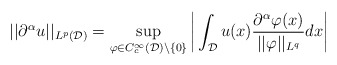
\begin{align*}||\partial^{\alpha}u||_{L^p(\mathcal{D})} = \sup_{\varphi \in C_c^{\infty}(\mathcal{D})\setminus\{0\}} \bigg|\int_{\mathcal{D}}u(x)\frac{\partial^{\alpha}\varphi(x)}{||\varphi||_{L^q}}dx \bigg|\end{align*}